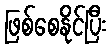
ဖြစ်စေနိုင်ပြီး